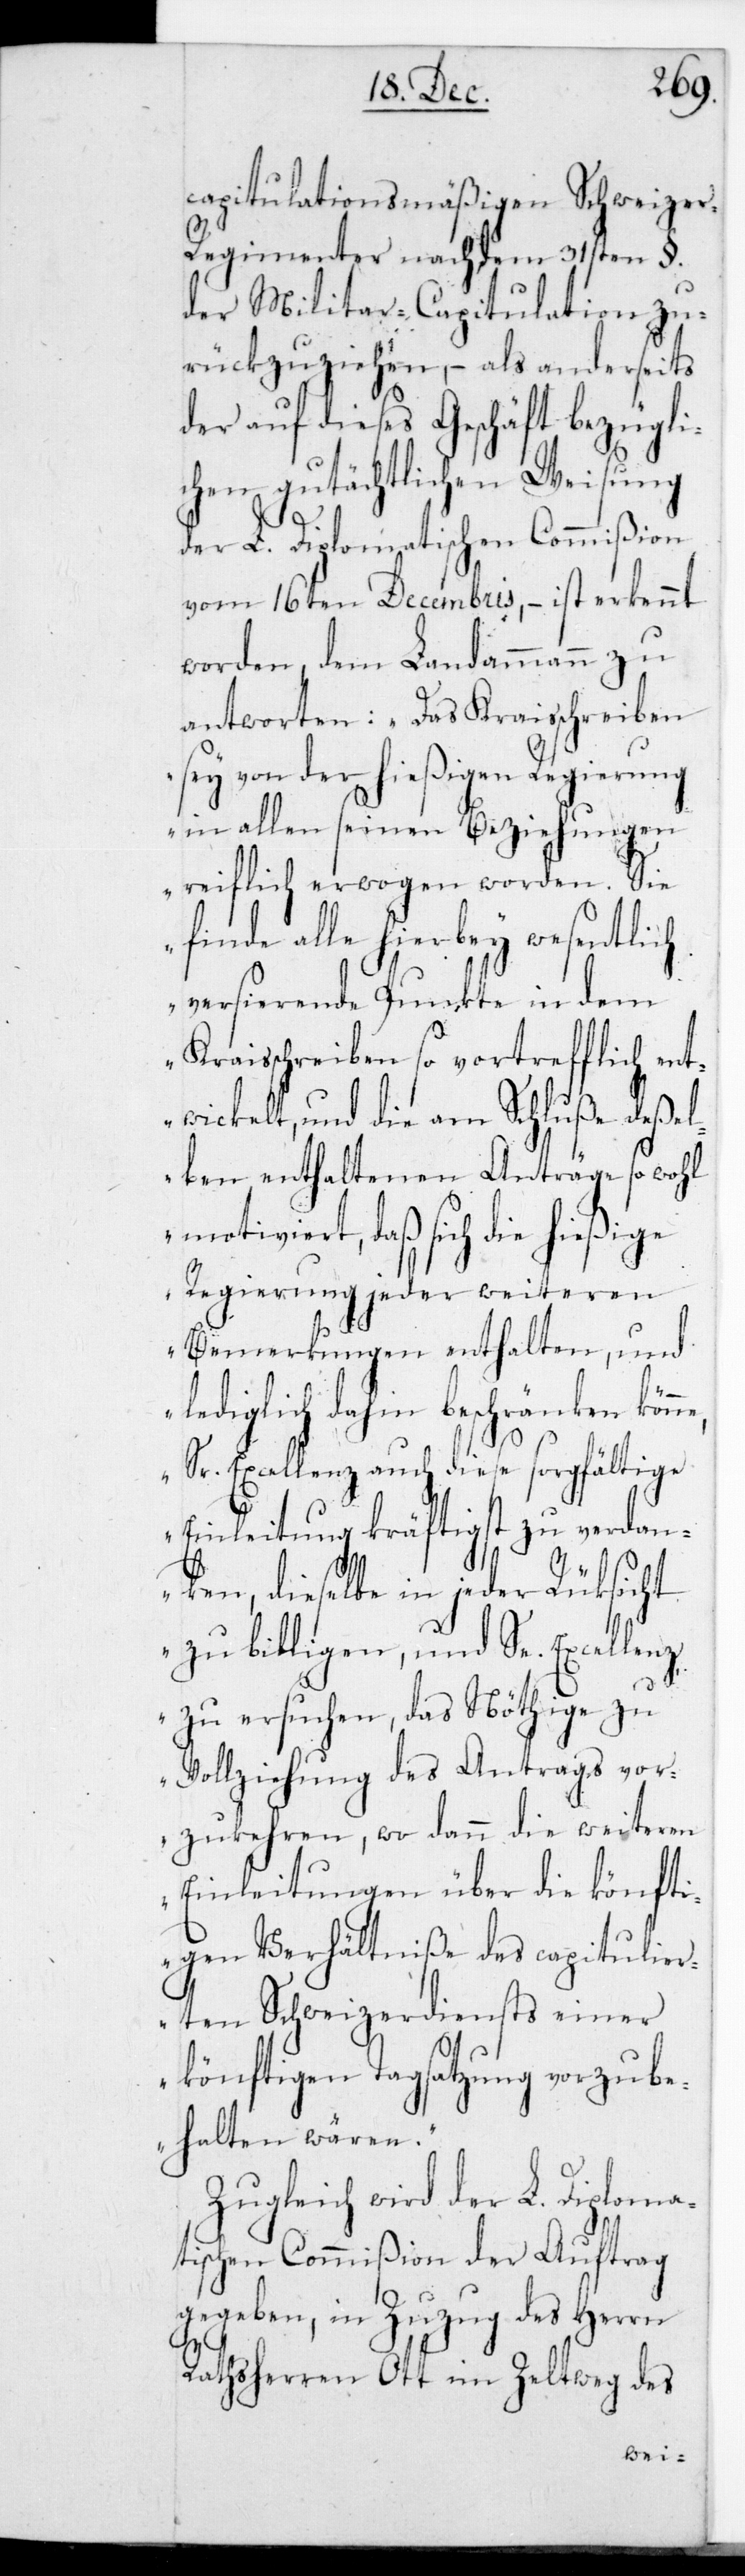
rags
capitulationsmäßigen Schweizer
Regimenter nach dem 31sten §.
der Militar-Capitulation zu¬
rückzuziehen, – als anderseits
der auf dieses Geschäft bezügli¬
chen gutächtlichen Weisung
der L. Diplomatischen Commißion
vom 16ten Decembris, – ist erkennt
worden, dem Landammann zu
antworten: „Das Kraisschreiben
sei von der hießigen Regierung
in allen seinen Beziehungen
reiflich erwogen worden. Sie
und lediglich dahin
versierende Punkte in dem
Kraisschreiben so vortrefflich ent¬
wickelt, und die am Schluße deßel¬
ben enthaltenen Anträge sowohl
motiviert, daß sich die hießige
Regierung jeder weit¬
Bemerkungen enth¬
ne,
beschränken
kön¬
die
Sr. Excellenz auch diese
Einleitung kräftigst
anken, dieselbe in jeder
zu billigen, und Se.
zu
zu ersuchen, das Nö¬
vor¬
Vollziehung des Ant¬
teren
zukehren, wo dann
Einleitungen über die könfti¬
gen Verhältniße des capitulier¬
ten Schweizerdiensts einer
könftigen Tagsatzung vorzub¬
ehalten wären“.
Zugleich wird der L. Diploma¬
tischen Commißion der Auftrag
gegeben, in Zuzug des Herrn
Rathsherrn Ott im Zeltweg des
wei¬